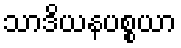
သာဒိယနပစ္စယာ